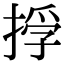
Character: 𢰏